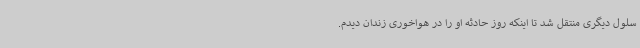
سلول دیگری منتقل شد تا اینکه روز حادثه او را در هواخوری زندان دیدم.